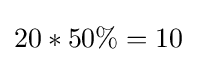
20*50\%=10